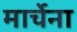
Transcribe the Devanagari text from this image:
मार्चेना